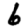
Digit: 6